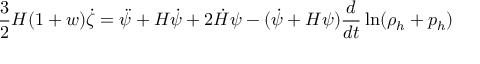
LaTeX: \frac { 3 } { 2 } H ( 1 + w ) \dot { \zeta } = \ddot { \psi } + H \dot { \psi } + 2 \dot { H } \psi - ( \dot { \psi } + H \psi ) \frac { d } { d t } \ln ( \rho _ { h } + p _ { h } )